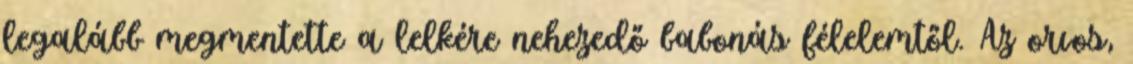
legalább megmentette a lelkére nehezedő babonás félelemtől. Az orvos,